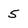
Character: 5